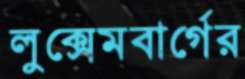
লুক্সেমবার্গের